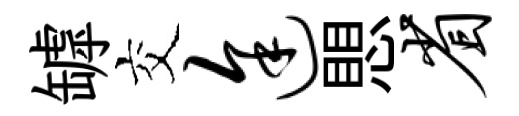
罅交途愳省